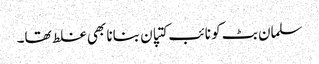
سلمان بٹ کو نائب کتپان بنانا بھی غلط تھا۔